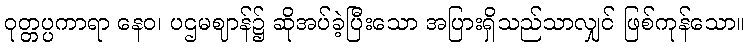
ဝုတ္တပ္ပကာရာ နေဝ၊ ပဌမဈာန်၌ ဆိုအပ်ခဲ့ပြီးသော အပြားရှိသည်သာလျှင် ဖြစ်ကုန်သော။